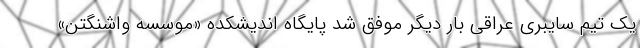
یک تیم سایبری عراقی بار دیگر موفق شد پایگاه اندیشکده «موسسه واشنگتن»